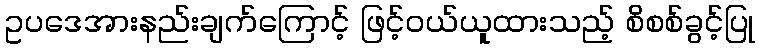
ဥပဒေအားနည်းချက်ကြောင့် ဖြင့်ဝယ်ယူထားသည့် စိစစ်ခွင့်ပြု